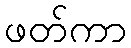
ဖတ်ကာ